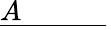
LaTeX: {\underline{{A\quad\quad\quad}}}\,